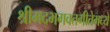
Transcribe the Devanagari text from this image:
श्रीमद्भगवतगीतेमध्ये